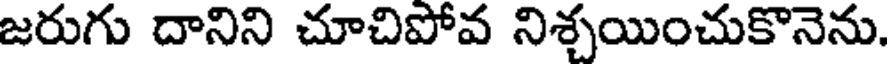
జరుగు దానిని చూచిపోవ నిశ్చయించుకొనెను.